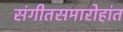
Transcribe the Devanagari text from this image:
संगीतसमारोहांत